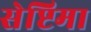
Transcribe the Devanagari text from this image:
सेप्टिमा